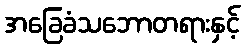
အခြေခံသဘောတရားနှင့်